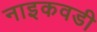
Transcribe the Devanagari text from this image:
नाइकवडी